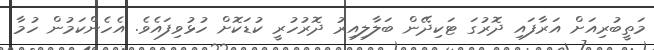
މަތީބުރިއަށް އަރާފައި ދޮރުގަ ޓަކިދޭން ބަލާލިއިރު ދޮރުހުރީ ކުޑަކޮށް ހުޅުވިފައެވެ. އެހެންކަމުން ހުމާ